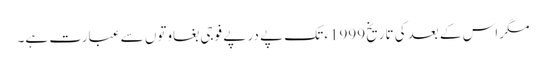
مگر اس کے بعدکی تاریخ 1999ء تک پے در پے فوجی بغاوتوں سے عبارت ہے۔